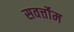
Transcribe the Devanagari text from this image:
सवर्त्तोम